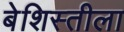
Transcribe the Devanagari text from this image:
बेशिस्तीला